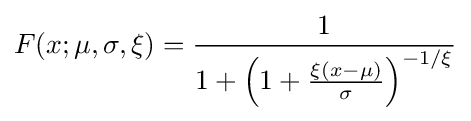
F(x;\mu ,\sigma ,\xi )={\frac {1}{1+\left(1+{\frac {\xi (x-\mu )}{\sigma }}\right)^{-1/\xi }}}